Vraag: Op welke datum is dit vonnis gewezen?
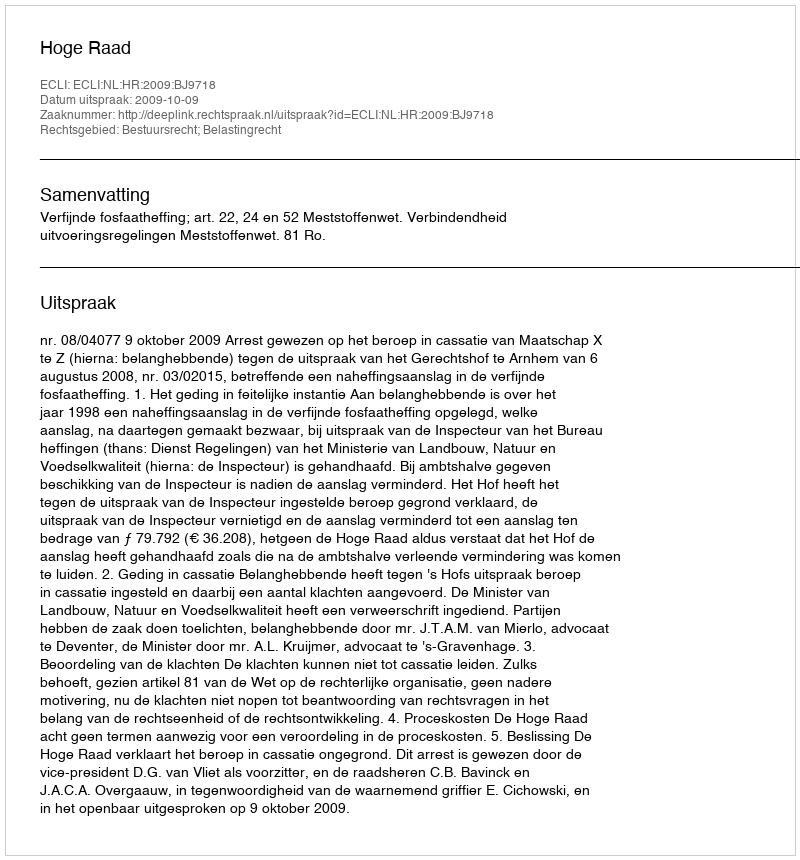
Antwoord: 2009-10-09